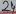
Text: 24